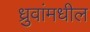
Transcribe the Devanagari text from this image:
ध्रुवांमधील